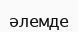
әлемде